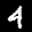
Label: 4